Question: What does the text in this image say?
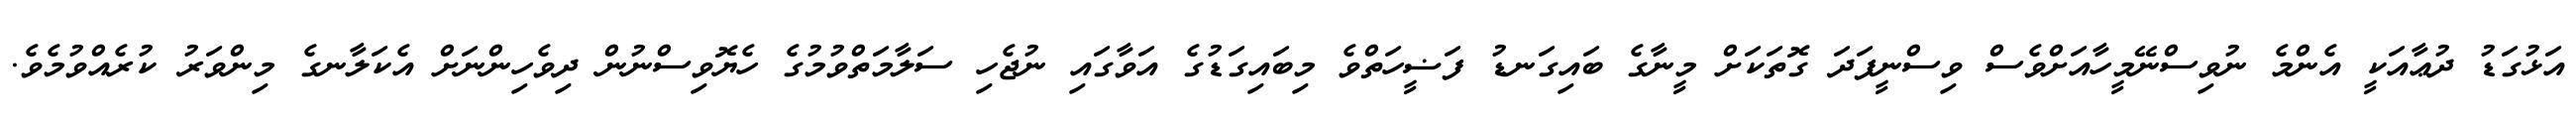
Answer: އަޅުގަޑު ދުޢާއަކީ އެންމެ ނުވިސްނޭމީހާއަށްވެސް ވިސްނީފަދަ ގޮތަކަށް މީނާގެ ބައިގަނޑު ފަޟީހަތްވެ މިބައިގަޑުގެ އަވާގައި ނުޖެހި ސަލާމަތްވުމުގެ ހެޔޮވިސްނުން ދިވެހިންނަށް އެކަލާނގެ މިންވަރު ކުރެއްވުމެވެ.